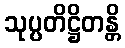
သုပ္ပတိဋ္ဌိတန္တိ